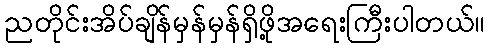
ညတိုင်းအိပ်ချိန်မှန်မှန်ရှိဖို့အရေးကြီးပါတယ်။